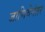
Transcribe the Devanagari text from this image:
जाणिवेनंतर